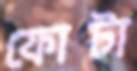
ফোটা